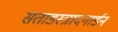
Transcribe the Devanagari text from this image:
सताडस्त्रादगार्डन